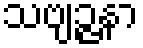
သဗျဉ္ဇနာ